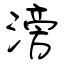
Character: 滂